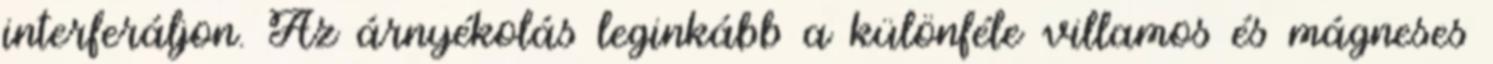
interferáljon. Az árnyékolás leginkább a különféle villamos és mágneses